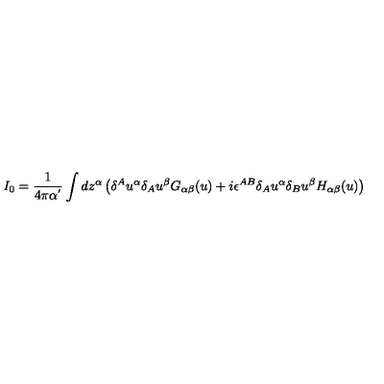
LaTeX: I _ { 0 } = \frac 1 { 4 \pi \alpha ^ { ^ { \prime } } } \int d z ^ { \alpha } \left( \delta ^ { A } u ^ { \alpha } \delta _ { A } u ^ { \beta } G _ { \alpha \beta } ( u ) + i \epsilon ^ { A B } \delta _ { A } u ^ { \alpha } \delta _ { B } u ^ { \beta } H _ { \alpha \beta } ( u ) \right)